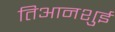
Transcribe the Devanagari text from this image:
तिआनशुई